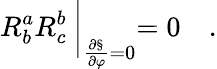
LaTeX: R_{b}^{a}R_{c}^{b}\: \biggl|_{\frac{\partial\S}{\partial\varphi}=0}=0\quad.